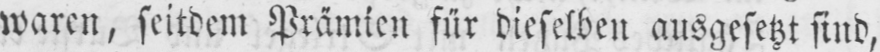
waren, seitdem Prämien für dieselben ausgesetzt sind,